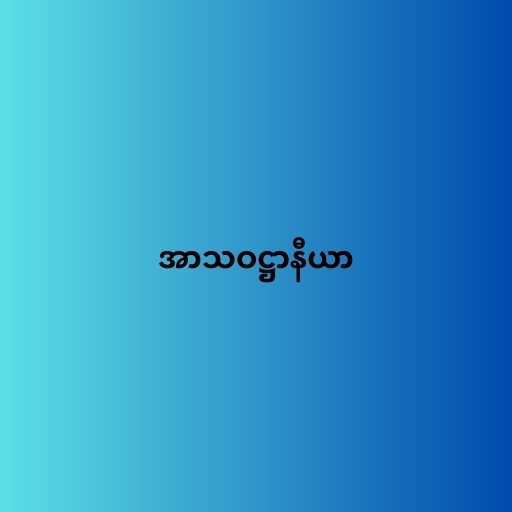
အာသဝဋ္ဌာနီယာ